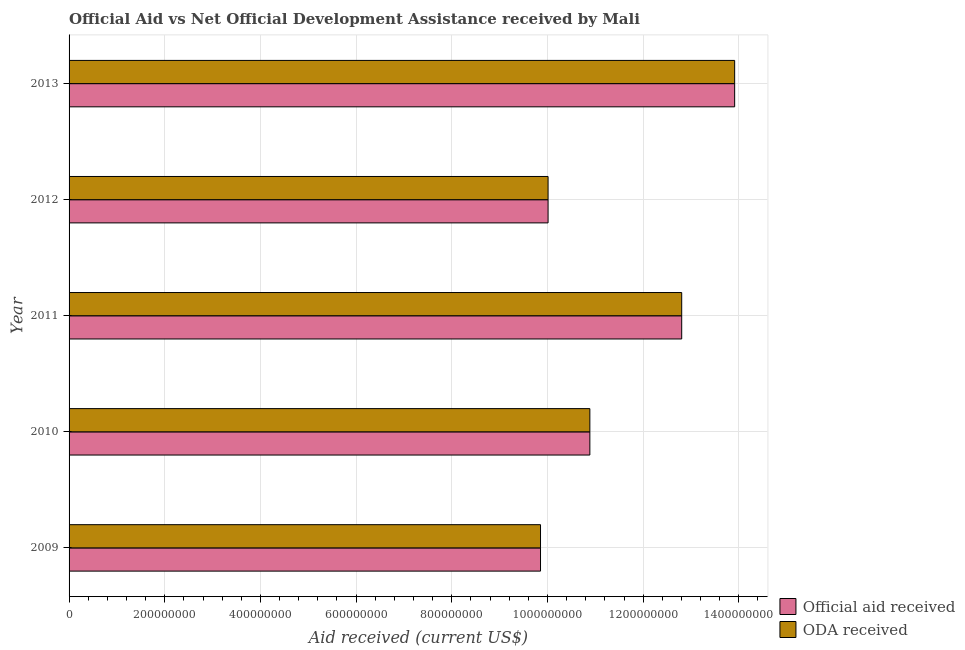
| Year | Official aid received | ODA received |
 | --- | --- | --- |
 | 2009 | 9.85e+08 | 9.85e+08 |
 | 2010 | 1.09e+09 | 1.09e+09 |
 | 2011 | 1.28e+09 | 1.28e+09 |
 | 2012 | 1e+09 | 1e+09 |
 | 2013 | 1.39e+09 | 1.39e+09 |